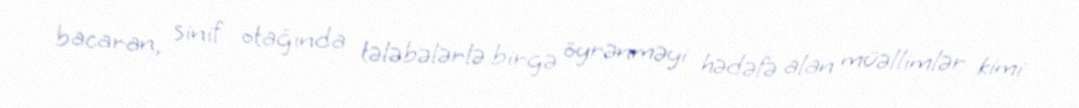
bacaran, sinif otağında tələbələrlə birgə öyrənməyi hədəfə alan müəllimlər kimi